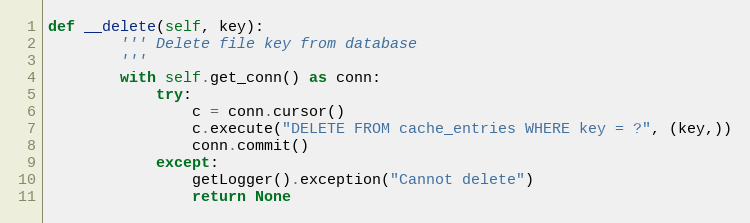
Language: Python
def __delete(self, key):
        ''' Delete file key from database
        '''
        with self.get_conn() as conn:
            try:
                c = conn.cursor()
                c.execute("DELETE FROM cache_entries WHERE key = ?", (key,))
                conn.commit()
            except:
                getLogger().exception("Cannot delete")
                return None